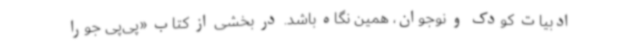
ادبیات کودک و نوجوان، همین نگاه باشد. در بخشی از کتاب «پی‌پی جورا